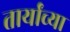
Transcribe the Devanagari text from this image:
तार्यांच्या